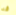
قد